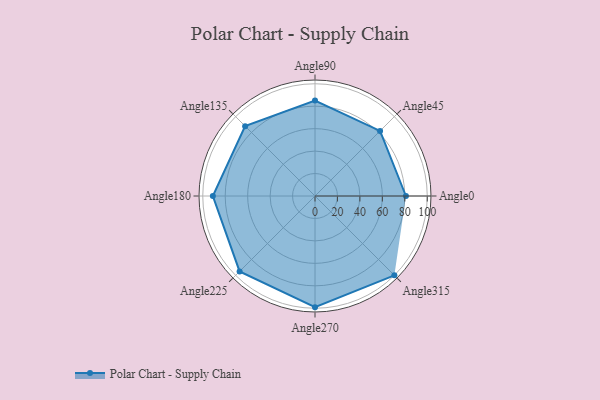
{"axis": {"x": "Angle", "y": "Radius"}, "legend": [""], "data": [{"x": "Angle0", "y": 81.0, "type": ""}, {"x": "Angle45", "y": 82.0, "type": ""}, {"x": "Angle90", "y": 85.0, "type": ""}, {"x": "Angle135", "y": 88.0, "type": ""}, {"x": "Angle180", "y": 91.0, "type": ""}, {"x": "Angle225", "y": 95.0, "type": ""}, {"x": "Angle270", "y": 99.0, "type": ""}, {"x": "Angle315", "y": 100.0, "type": ""}]}